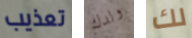
تعذيب ولدك لك